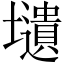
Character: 壝